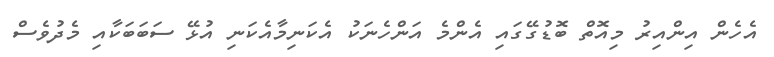
އެހެން އިންއިރު މިއޮތް ބޮޑުގޭގައި އެންމެ އަންހެނަކު އެކަނިމާއެކަނި އުޅޭ ސަބަބަކާއި މެދުވެސް